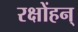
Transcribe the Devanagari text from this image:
रक्षोंहन्